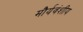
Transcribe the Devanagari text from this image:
मौर्यवंशीय